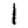
Digit: 1